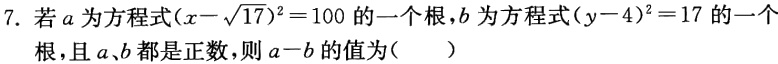
7. 若\(a\)为方程式\((x - \sqrt{17})^2 = 100\)的一个根，\(b\)为方程式\((y - 4)^2 = 17\)的一个根，且\(a\)、\(b\)都是正数，则\(a - b\)的值为（  ）